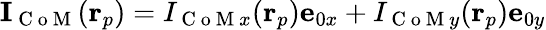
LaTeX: \mathbf{I}_{\mathrm{~C~o~M~}}(\mathbf{r}_{p})=I_{\mathrm{~C~o~M~}x}(\mathbf{r}_{p})\mathbf{e}_{0x}+I_{\mathrm{~C~o~M~}y}(\mathbf{r}_{p})\mathbf{e}_{0y}